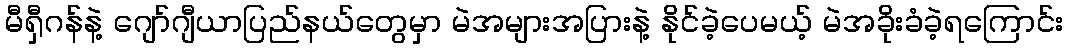
မီရှီဂန်နဲ့ ဂျော်ဂျီယာပြည်နယ်တွေမှာ မဲအများအပြားနဲ့ နိုင်ခဲ့ပေမယ့် မဲအခိုးခံခဲ့ရကြောင်း